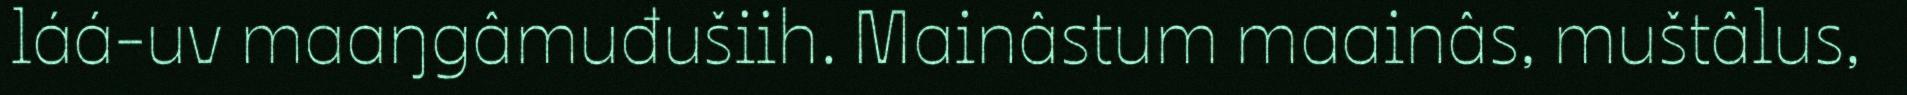
láá-uv maaŋgâmuđušiih. Mainâstum maainâs, muštâlus,